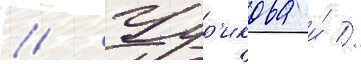
// Чур'икова и́ //